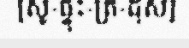
[សូ-ផ្ទុះ-ត្រ-ដុស]